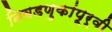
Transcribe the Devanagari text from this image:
निवडणुकांपूर्वी